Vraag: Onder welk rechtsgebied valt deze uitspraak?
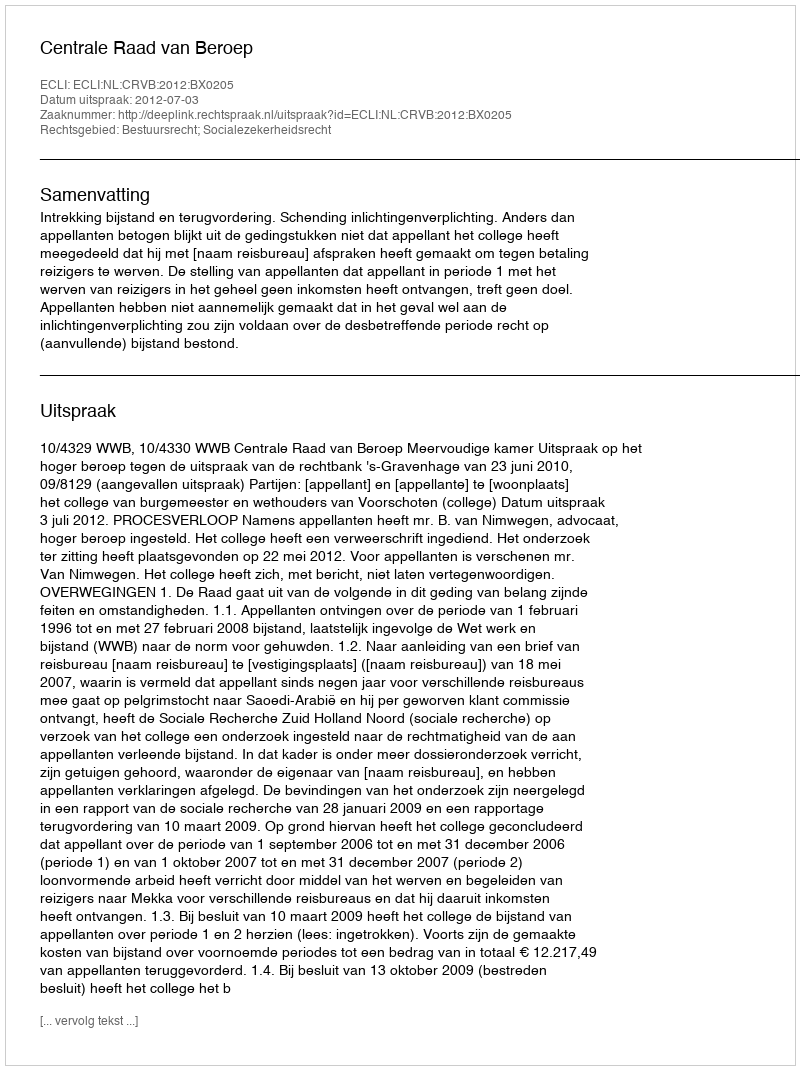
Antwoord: Bestuursrecht; Socialezekerheidsrecht